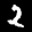
Label: 2